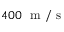
4 0 0 ~ \mathrm { ~ m ~ } / \mathrm { ~ s ~ }